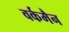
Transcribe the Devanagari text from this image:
वर्कमैन